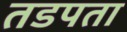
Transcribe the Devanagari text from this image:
तडपता